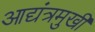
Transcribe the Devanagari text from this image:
आद्यंत्रमुखी